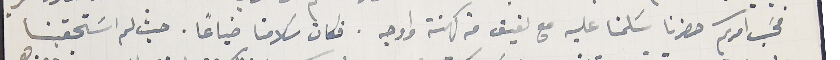
فحسَب امركم حضرنا سَلمنا عليه مع لفيف من كهنة واوجه. فكان سلامنا ضياعًا. حيث لم اسَتحقينا